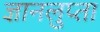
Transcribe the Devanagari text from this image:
ज्ञानलुप्ता